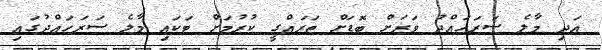
އަދި މާލެ ސަރަހައްދު ވަރަށް ބޮޑަށް ތަރައްގީ ކުރުމަށް ޓަކައި މާލެ ސަރަހައްދުގައި